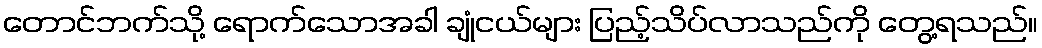
တောင်ဘက်သို့ ရောက်သောအခါ ချုံငယ်များ ပြည့်သိပ်လာသည်ကို တွေ့ရသည်။